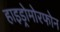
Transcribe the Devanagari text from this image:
हाइड्रोमोरफोन